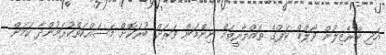
އަދި ބްރެޒިލުން ވޯލްޑް ކަޕްގެ ތައްޔާރީތައް ނިންމަން ވަރަށް ބުރަކޮށް މަސައްކަތްކުރަމުންދާ ކަމަށް